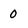
Character: 0